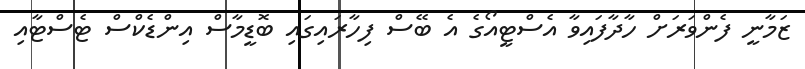
ޒަމާނީ ފެންވަރަށް ހާދާފައިވާ އެސްޓީއޯގެ އެ ބޭސް ފިހާރައިގައި ބޮޑީމާސް އިންޑެކްސް ޓެސްޓާއި